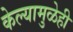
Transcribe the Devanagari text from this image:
केल्यामुळेही